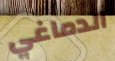
الدماغي